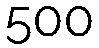
500